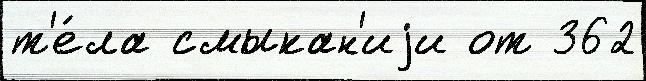
т'е́ла смыкан'иjи от 362